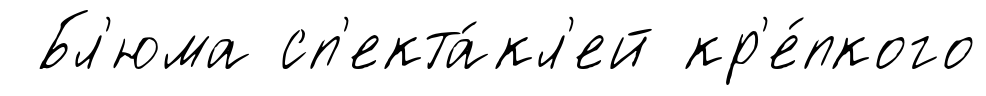
Бл'юма сп'екта́кл'ей кр'е́пкого